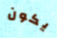
يكون